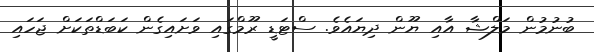
ބުނުމުން މަލްޝާ އާއި ޔޫން ދިޔައެވެ. ސްޓަޑީ ރޫމްގައި ވަށައިގެން ކަބަޑްތަކަށް ޖަހައި